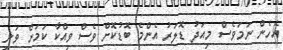
އެހެން ނަމަވެސް މިއަދު ޑޮލަރު އެންމެ ބޮޑުކޮށް ވެސް ވިއްކާ ކަމަށް ވަނީ